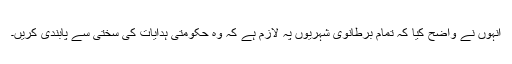
انہوں نے واضح کیا کہ تمام برطانوی شہریوں پہ لازم ہے کہ وہ حکومتی ہدایات کی سختی سے پابندی کریں۔